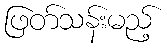
ဖြတ်သန်းမည့်